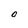
Character: O